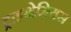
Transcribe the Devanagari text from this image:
ट्राइथेमियस